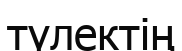
түлектің